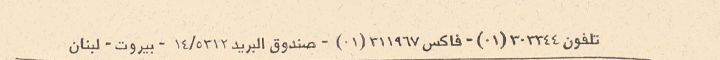
تلفون ٣٠٣٣٤٤(٠١) - فاكس ٣١١٩٦٧(٠١) - صندوق البريد ٥٣١٢/١٤ - بيروت - لبنان